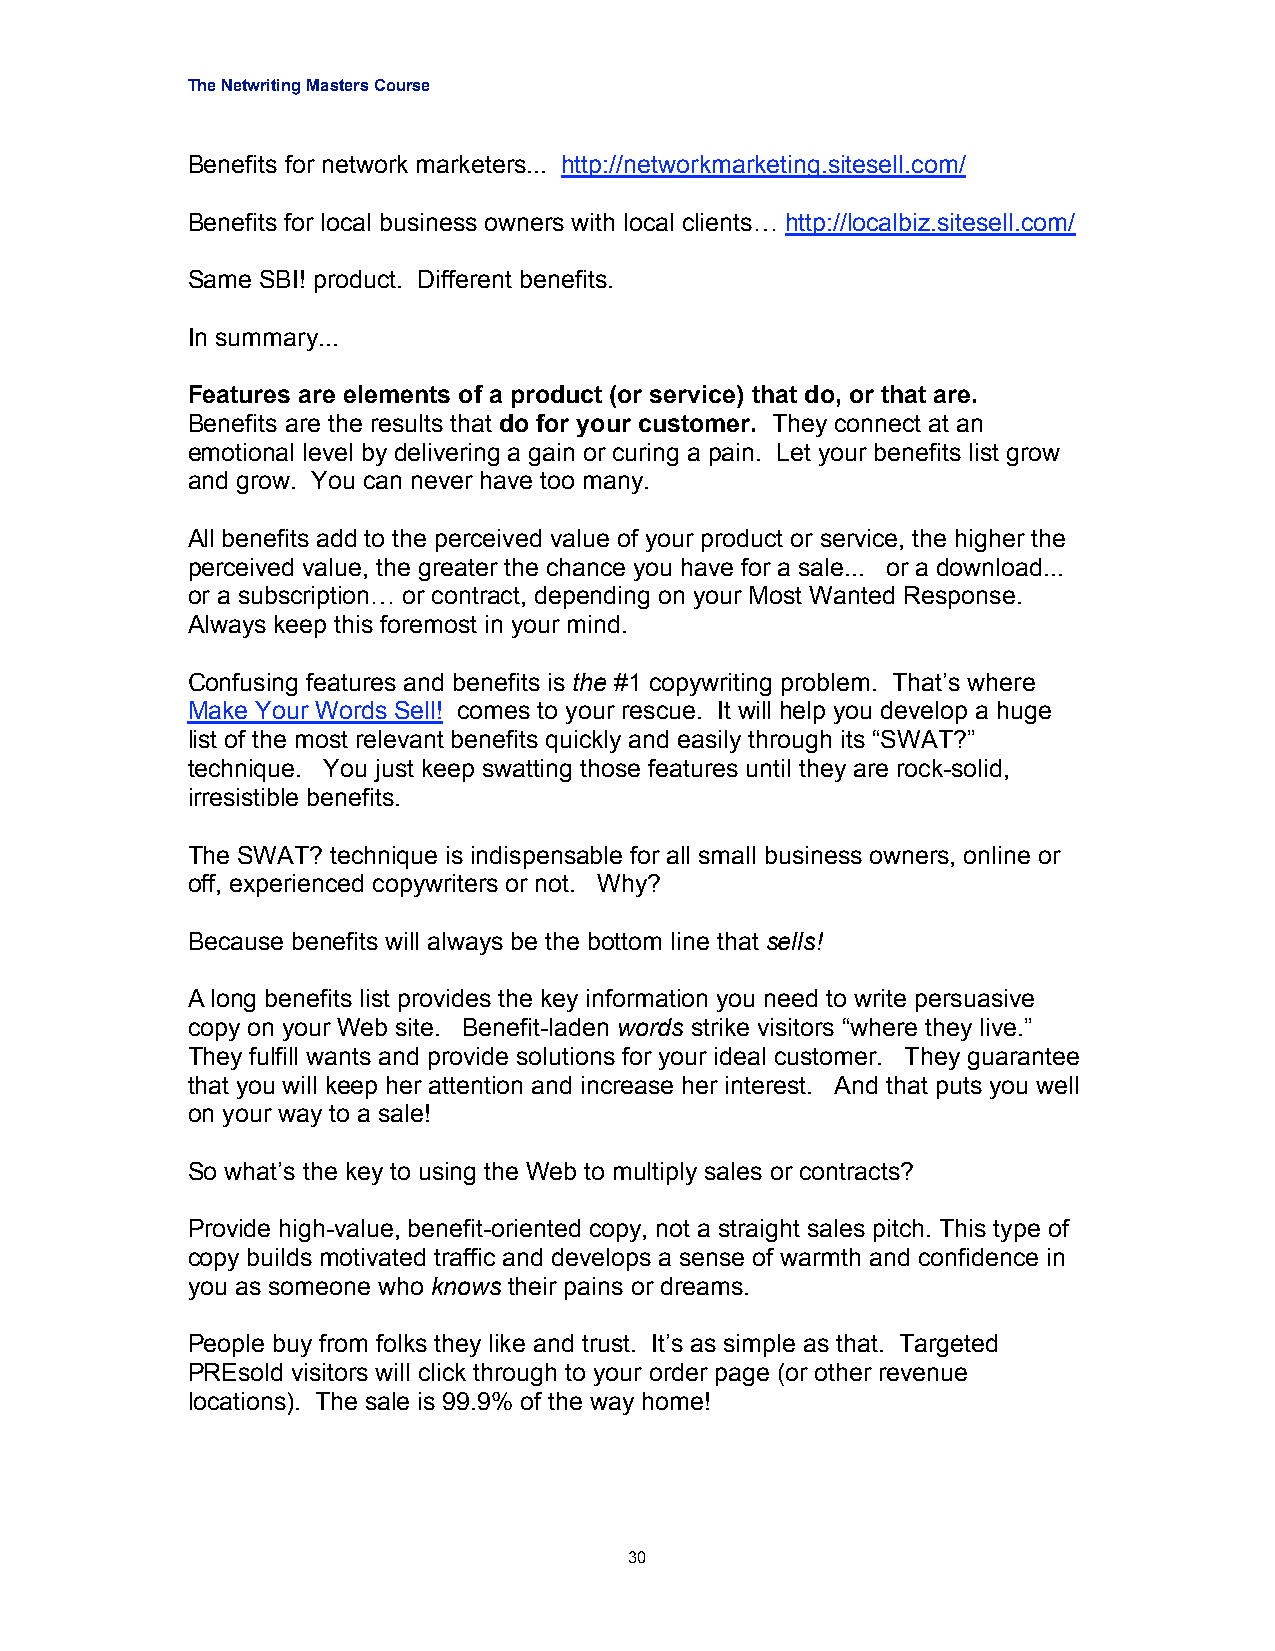
The Netwriting Masters Course
 Benefits for network marketers... http://networkmarketing.sitesell.com/
 Benefits for local business owners with local clients… http://localbiz.sitesell.com/
 Same SBI! product. Different benefits.
 In summary...
 Features are elements of a product (or service) that do, or that are.
 Benefits are the results that do for your customer. They connect at an
 emotional level by delivering a gain or curing a pain. Let your benefits list grow
 and grow. You can never have too many.
 All benefits add to the perceived value of your product or service, the higher the
 perceived value, the greater the chance you have for a sale... or a download...
 or a subscription… or contract, depending on your Most Wanted Response.
 Always keep this foremost in your mind.
 Confusing features and benefits is the #1 copywriting problem. That’s where
 Make Your Words Sell! comes to your rescue. It will help you develop a huge
 list of the most relevant benefits quickly and easily through its “SWAT?”
 technique. You just keep swatting those features until they are rock-solid,
 irresistible benefits.
 The SWAT? technique is indispensable for all small business owners, online or
 off, experienced copywriters or not. Why?
 Because benefits will always be the bottom line that sells!
 A long benefits list provides the key information you need to write persuasive
 copy on your Web site. Benefit-laden words strike visitors “where they live.”
 They fulfill wants and provide solutions for your ideal customer. They guarantee
 that you will keep her attention and increase her interest. And that puts you well
 on your way to a sale!
 So what’s the key to using the Web to multiply sales or contracts?
 Provide high-value, benefit-oriented copy, not a straight sales pitch. This type of
 copy builds motivated traffic and develops a sense of warmth and confidence in
 you as someone who knows their pains or dreams.
 People buy from folks they like and trust. It’s as simple as that. Targeted
 PREsold visitors will click through to your order page (or other revenue
 locations). The sale is 99.9% of the way home!
 30